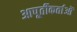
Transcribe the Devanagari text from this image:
आपूर्तीकर्ताओं